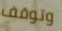
وتوقف